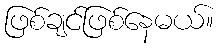
ဖြစ်ချင်ဖြစ်နေမယ်။